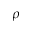
\rho